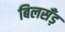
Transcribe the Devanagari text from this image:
बिलसँड़